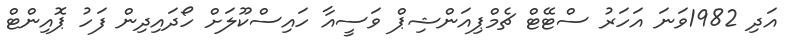
އަދި 1982ވަނަ އަހަރު ސްޓޭޓް ޗެމްޕިއަންޝިޕް ވަސީއާ ހައިސްކޫލަށް ހޯދައިދިން ފަހު ޕޮއިންޓް